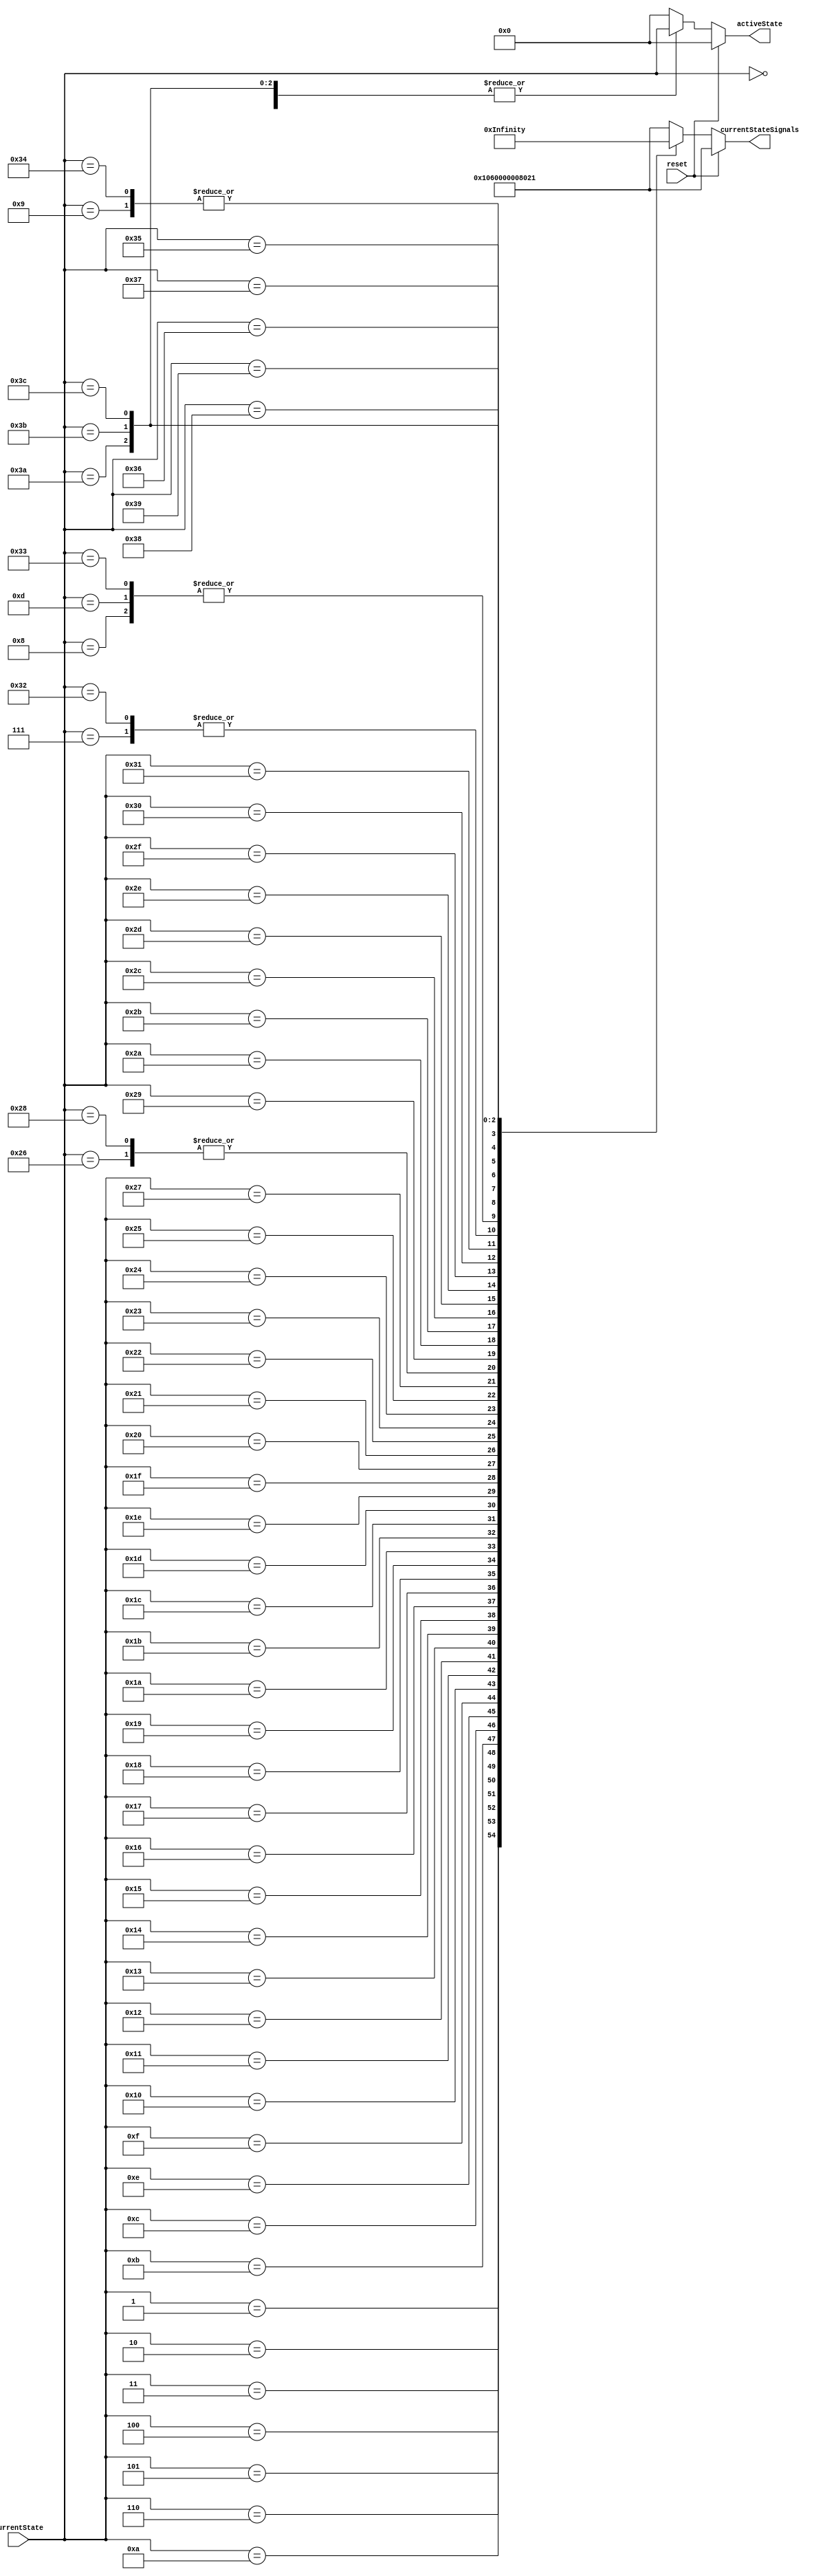
module Microstore(output reg [50:0] currentStateSignals, output reg[6:0] activeState, 
                    input reset, input [6:0] currentState);
always @ (currentState, reset)
    if (reset) begin
        currentStateSignals = 51'b001000001100000000000000000000000001000000000100001;
        activeState = 7'd0; // For testing purposes.
        end
    else
        begin
            activeState = currentState; // For testing purposes.
            case(currentState)
                7'd0: currentStateSignals = 51'b001000001100000000000000000000000001000000000100001;
                7'd1: currentStateSignals = 51'b011000000000000001000000000000000000000000000100011;
                7'd2: currentStateSignals = 51'b000000000000000000100001100011000000000000000100011;
                7'd3: currentStateSignals = 51'b000000000000000000001100100011000000000000000100011;
                7'd4: currentStateSignals = 51'b100000000000000000001100100011000000000001000100111;
                7'd5: currentStateSignals = 51'b000000000000000000000000000000000000000000000100000;
                7'd6: currentStateSignals = 51'b000100010100000100000000000000000000000000000100001;
                7'd7: currentStateSignals = 51'b000000010100101000000010000000000000000000000100011;
                7'd8: currentStateSignals = 51'b000000011000010100000001000000000000000000000100011;
                7'd9: currentStateSignals = 51'b000000000000010000000100000000000000000000000100011;
                7'd10: currentStateSignals = 51'b000000000000010000000100000000000000000010010100101;
                7'd11: currentStateSignals = 51'b000000010100000100000000000000000111100000000101110;
                7'd12: currentStateSignals = 51'b010000000000000000000000000000000000001101110100010;
                7'd13: currentStateSignals = 51'b000000011000010100000001000000000000000000000100011;
                7'd14: currentStateSignals = 51'b000000000000010000001100000000000000000000000100011;
                7'd15: currentStateSignals = 51'b000000000000010000001110000000000000000011110100111;
                7'd16: currentStateSignals = 51'b000100010001001000000000000000000000000000000100001;
                7'd17: currentStateSignals = 51'b000100010100000100000000000000000000100000000100001;
                7'd18: currentStateSignals = 51'b000100011001000100000000000000000000000000000100001;
                7'd19: currentStateSignals = 51'b000100010100000100000000000000000111000000000100001;
                7'd20: currentStateSignals = 51'b000100011001000100000000000000000111000000000100001;
                7'd21: currentStateSignals = 51'b000100010000000100000000000000000110100000000100001;
                7'd22: currentStateSignals = 51'b000100010000000100000000000000000110000000000100001;
                7'd23: currentStateSignals = 51'b000100010100000100000000000000000100000000000100001;
                7'd24: currentStateSignals = 51'b000100011001000100000000000000000100000000000100001;
                7'd25: currentStateSignals = 51'b000100010100000100000000000000000100100000000100001;
                7'd26: currentStateSignals = 51'b000100011001000100000000000000000100100000000100001;
                7'd27: currentStateSignals = 51'b000100010100000100000000000000000101000000000100001;
                7'd28: currentStateSignals = 51'b000100011001000100000000000000000101000000000100001;
                7'd29: currentStateSignals = 51'b000100010100000100000000000000000101100000000100001;
                7'd30: currentStateSignals = 51'b000100001001000000000000000000000001100000000100001;
                7'd31: currentStateSignals = 51'b000100011000000000000000000000011010000000000100001;
                7'd32: currentStateSignals = 51'b000100011000000000000000000000011011100000000100001;
                7'd33: currentStateSignals = 51'b000100011000000000000000000000011010100000000100001;
                7'd34: currentStateSignals = 51'b000000011100000000000000000000000111101001000101101;
                7'd35: currentStateSignals = 51'b000000011100000000000000000000000111101001001101101;
                7'd36: currentStateSignals = 51'b000100011100000100000000000000000000000000000100001;
                7'd37: currentStateSignals = 51'b000000011100000100000000000000000111100011001101111;
                7'd38: currentStateSignals = 51'b000000011100000100000000000000000111000011000101101;
                7'd39: currentStateSignals = 51'b000000011100000100000000000000000111100000001101110;
                7'd40: currentStateSignals = 51'b000000011100000100000000000000000111000011000101101;
                7'd41: currentStateSignals = 51'b000000010100000100000000000000000111100011000101101;
                7'd42: currentStateSignals = 51'b000000011100000100000000000000000111000011001101111;
                7'd43: currentStateSignals = 51'b000000011100000100000000000000000111100011001101101;
                7'd44: currentStateSignals = 51'b011000011100000100000000000000000000000000100100010;
                7'd45: currentStateSignals = 51'b000100111100000000000000000000000000000000000100001;
                7'd46: currentStateSignals = 51'b000100101100000000000000000000000000000000000100001;
                7'd47: currentStateSignals = 51'b000010011100000100000000000000000000000000000100001;
                7'd48: currentStateSignals = 51'b000001011100000100000000000000000000000000000100001;
                7'd49: currentStateSignals = 51'b000011010100000100010000000000000001000000000100001;
                7'd50: currentStateSignals = 51'b000000010100101000000010000000000000000000000100011;
                7'd51: currentStateSignals = 51'b000000011000010100000001000000000000000000000100011;
                7'd52: currentStateSignals = 51'b000000000000010000000100000000000000000000000100011;
                7'd53: currentStateSignals = 51'b000000000000010000000100000000000000001101010110111;
                7'd54: currentStateSignals = 51'b000000011100111100000010000000000000000010010100010;
                7'd55: currentStateSignals = 51'b011000001000000000000000000000001000000000100100010;
                7'd56: currentStateSignals = 51'b011000001100100001000010000000000000000000000100011;
                7'd57: currentStateSignals = 51'b010000000000000001000000000000000000000000000100011;
                7'd58: currentStateSignals = 51'b000100001110000000000000000000000000000000000100011;
                7'd59: currentStateSignals = 51'b001000010000001000000000000000000000000000000100011;
                7'd60: currentStateSignals = 51'b011000000000000001000000000000000000000011000100010;


                // Default state is 0.
                default: begin
                    currentStateSignals = 51'b001000001100000000000000000000000001000000000100001;
                    activeState = 7'd0; // For testing purposes.
                end
            endcase
        end
endmodule

// module microstore_testbench;
//     reg clk, reset;
//     reg [6:0] state;
//     wire[43:0] StateSignals;

// Outdated; need to update for future testing.
//     Microstore Mstore(state, 1'b0, StateSignals);

//     initial begin
//     clk = 1'b0;
//         repeat(5)
//             begin
//                 #5 clk = 1'b1;
//                 #5 clk = 1'b0;
//             end
//     end

//     initial begin
//         state= 7'd0;
//         #10 state = 7'b0000001;
//         #10 state = 7'd3;
//     end

//     always @ (posedge clk)
//         begin
//             $monitor("State: %d, SS: %b Clk: %b, Time: %d", state, StateSignals, clk, $time);
//         end
// endmodule